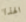
الهذا